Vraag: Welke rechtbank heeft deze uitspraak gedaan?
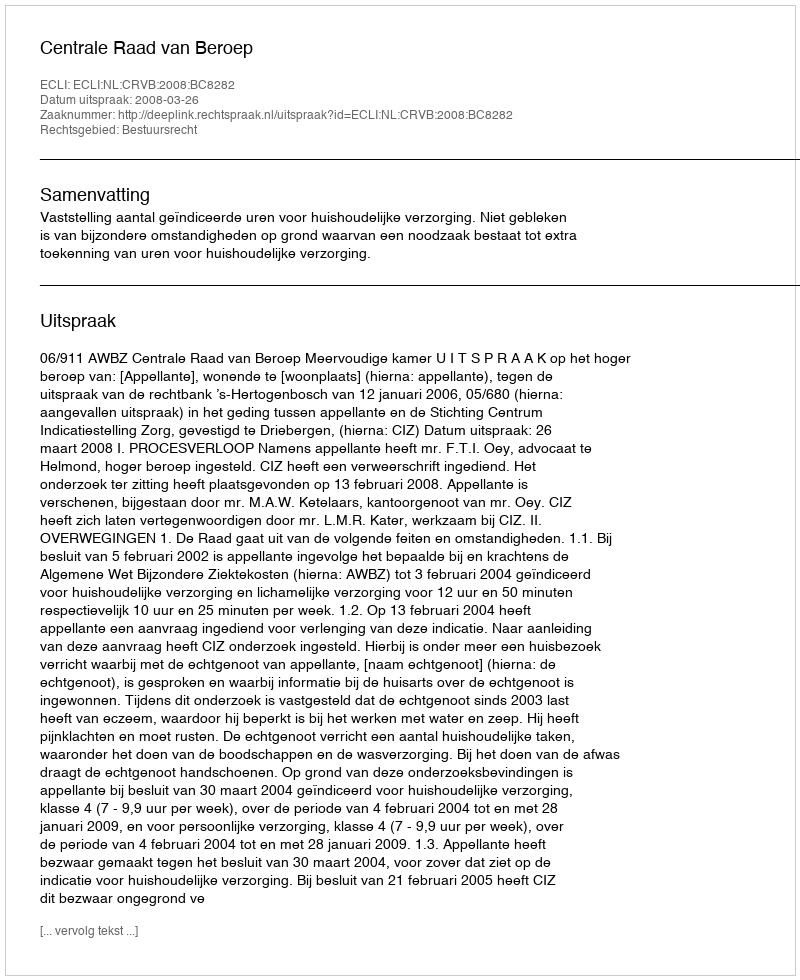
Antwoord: Centrale Raad van Beroep